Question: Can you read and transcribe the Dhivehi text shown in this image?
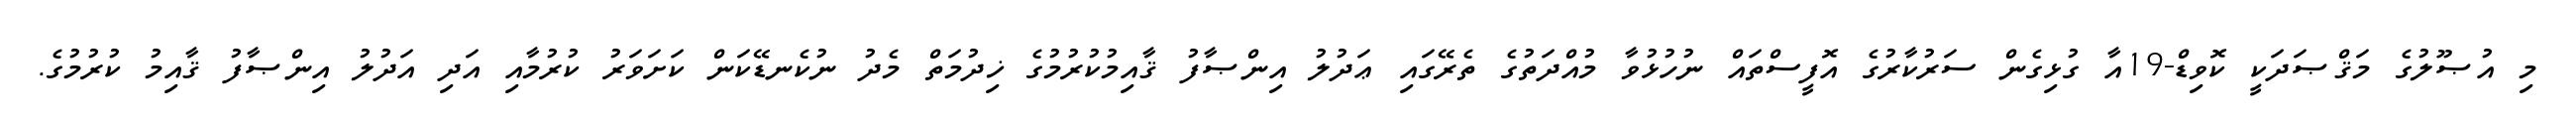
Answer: މި އުޞޫލުގެ މަޤްޞަދަކީ ކޮވިޑް-19އާ ގުޅިގެން ސަރުކާރުގެ އޮފީސްތައް ނުހުޅުވާ މުއްދަތުގެ ތެރޭގައި ޢަދުލު އިންޞާފު ޤާއިމުކުރުމުގެ ޚިދުމަތް މެދު ނުކެނޑޭކަން ކަށަވަރު ކުރުމާއި އަދި އަދުލު އިންޞާފު ޤާއިމު ކުރުމުގެ.